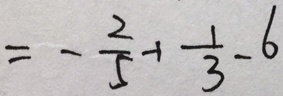
= - \frac { 2 } { 5 } - 1 \frac { 1 } { 3 } - 6